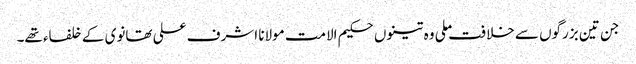
جن تین بزرگوں سے خلافت ملی وہ تینوں حکیم الامت مولانا اشرف علی تھانوی کے خلفاء تھے۔